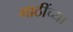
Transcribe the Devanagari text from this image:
गाठींच्या